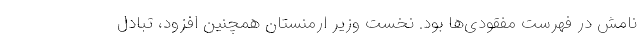
نامش در فهرست مفقودی‌ها بود. نخست وزیر ارمنستان همچنین افزود، تبادل